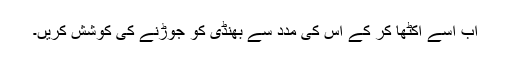
اب اسے اکٹھا کر کے اس کی مدد سے بھنڈی کو جوڑنے کی کوشش کریں۔